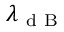
\lambda _ { \mathrm { ~ d ~ B ~ } }